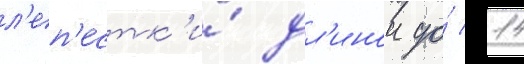
л'еп'естк'и́ дл'инои до́ 14